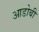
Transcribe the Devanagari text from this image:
आडोबी